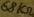
Text: 65kΩ